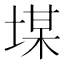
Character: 𡎡